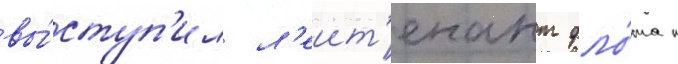
вы́ступ'ил л'еит'енант фло́та п